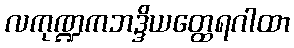
လကုဏ္ဍကဘဒ္ဒိယတ္ထေရဂါထာ